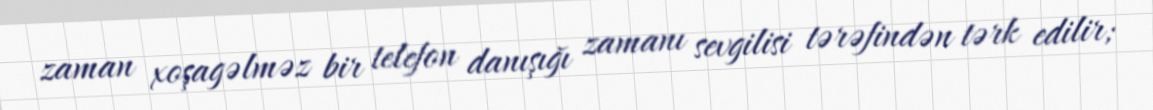
zaman xoşagəlməz bir telefon danışığı zamanı sevgilisi tərəfindən tərk edilir;